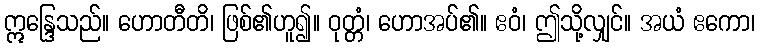
ဣန္ဒြေသည်။ ဟောတီတိ၊ ဖြစ်၏ဟူ၍။ ဝုတ္တံ၊ ဟောအပ်၏။ ဧဝံ၊ ဤသို့လျှင်။ အယံ ဧကော၊